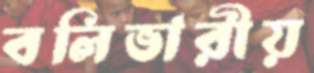
বলিভারীয়